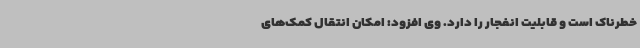
خطرناک است و قابلیت انفجار را دارد. وی افزود: امکان انتقال کمک‌های